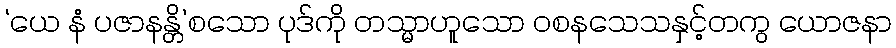
‘ယေ နံ ပဇာနန္တိ’စသော ပုဒ်ကို တသ္မာဟူသော ဝစနသေသနှင့်တကွ ယောဇနာ